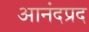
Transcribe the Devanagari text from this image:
आनंदप्रद